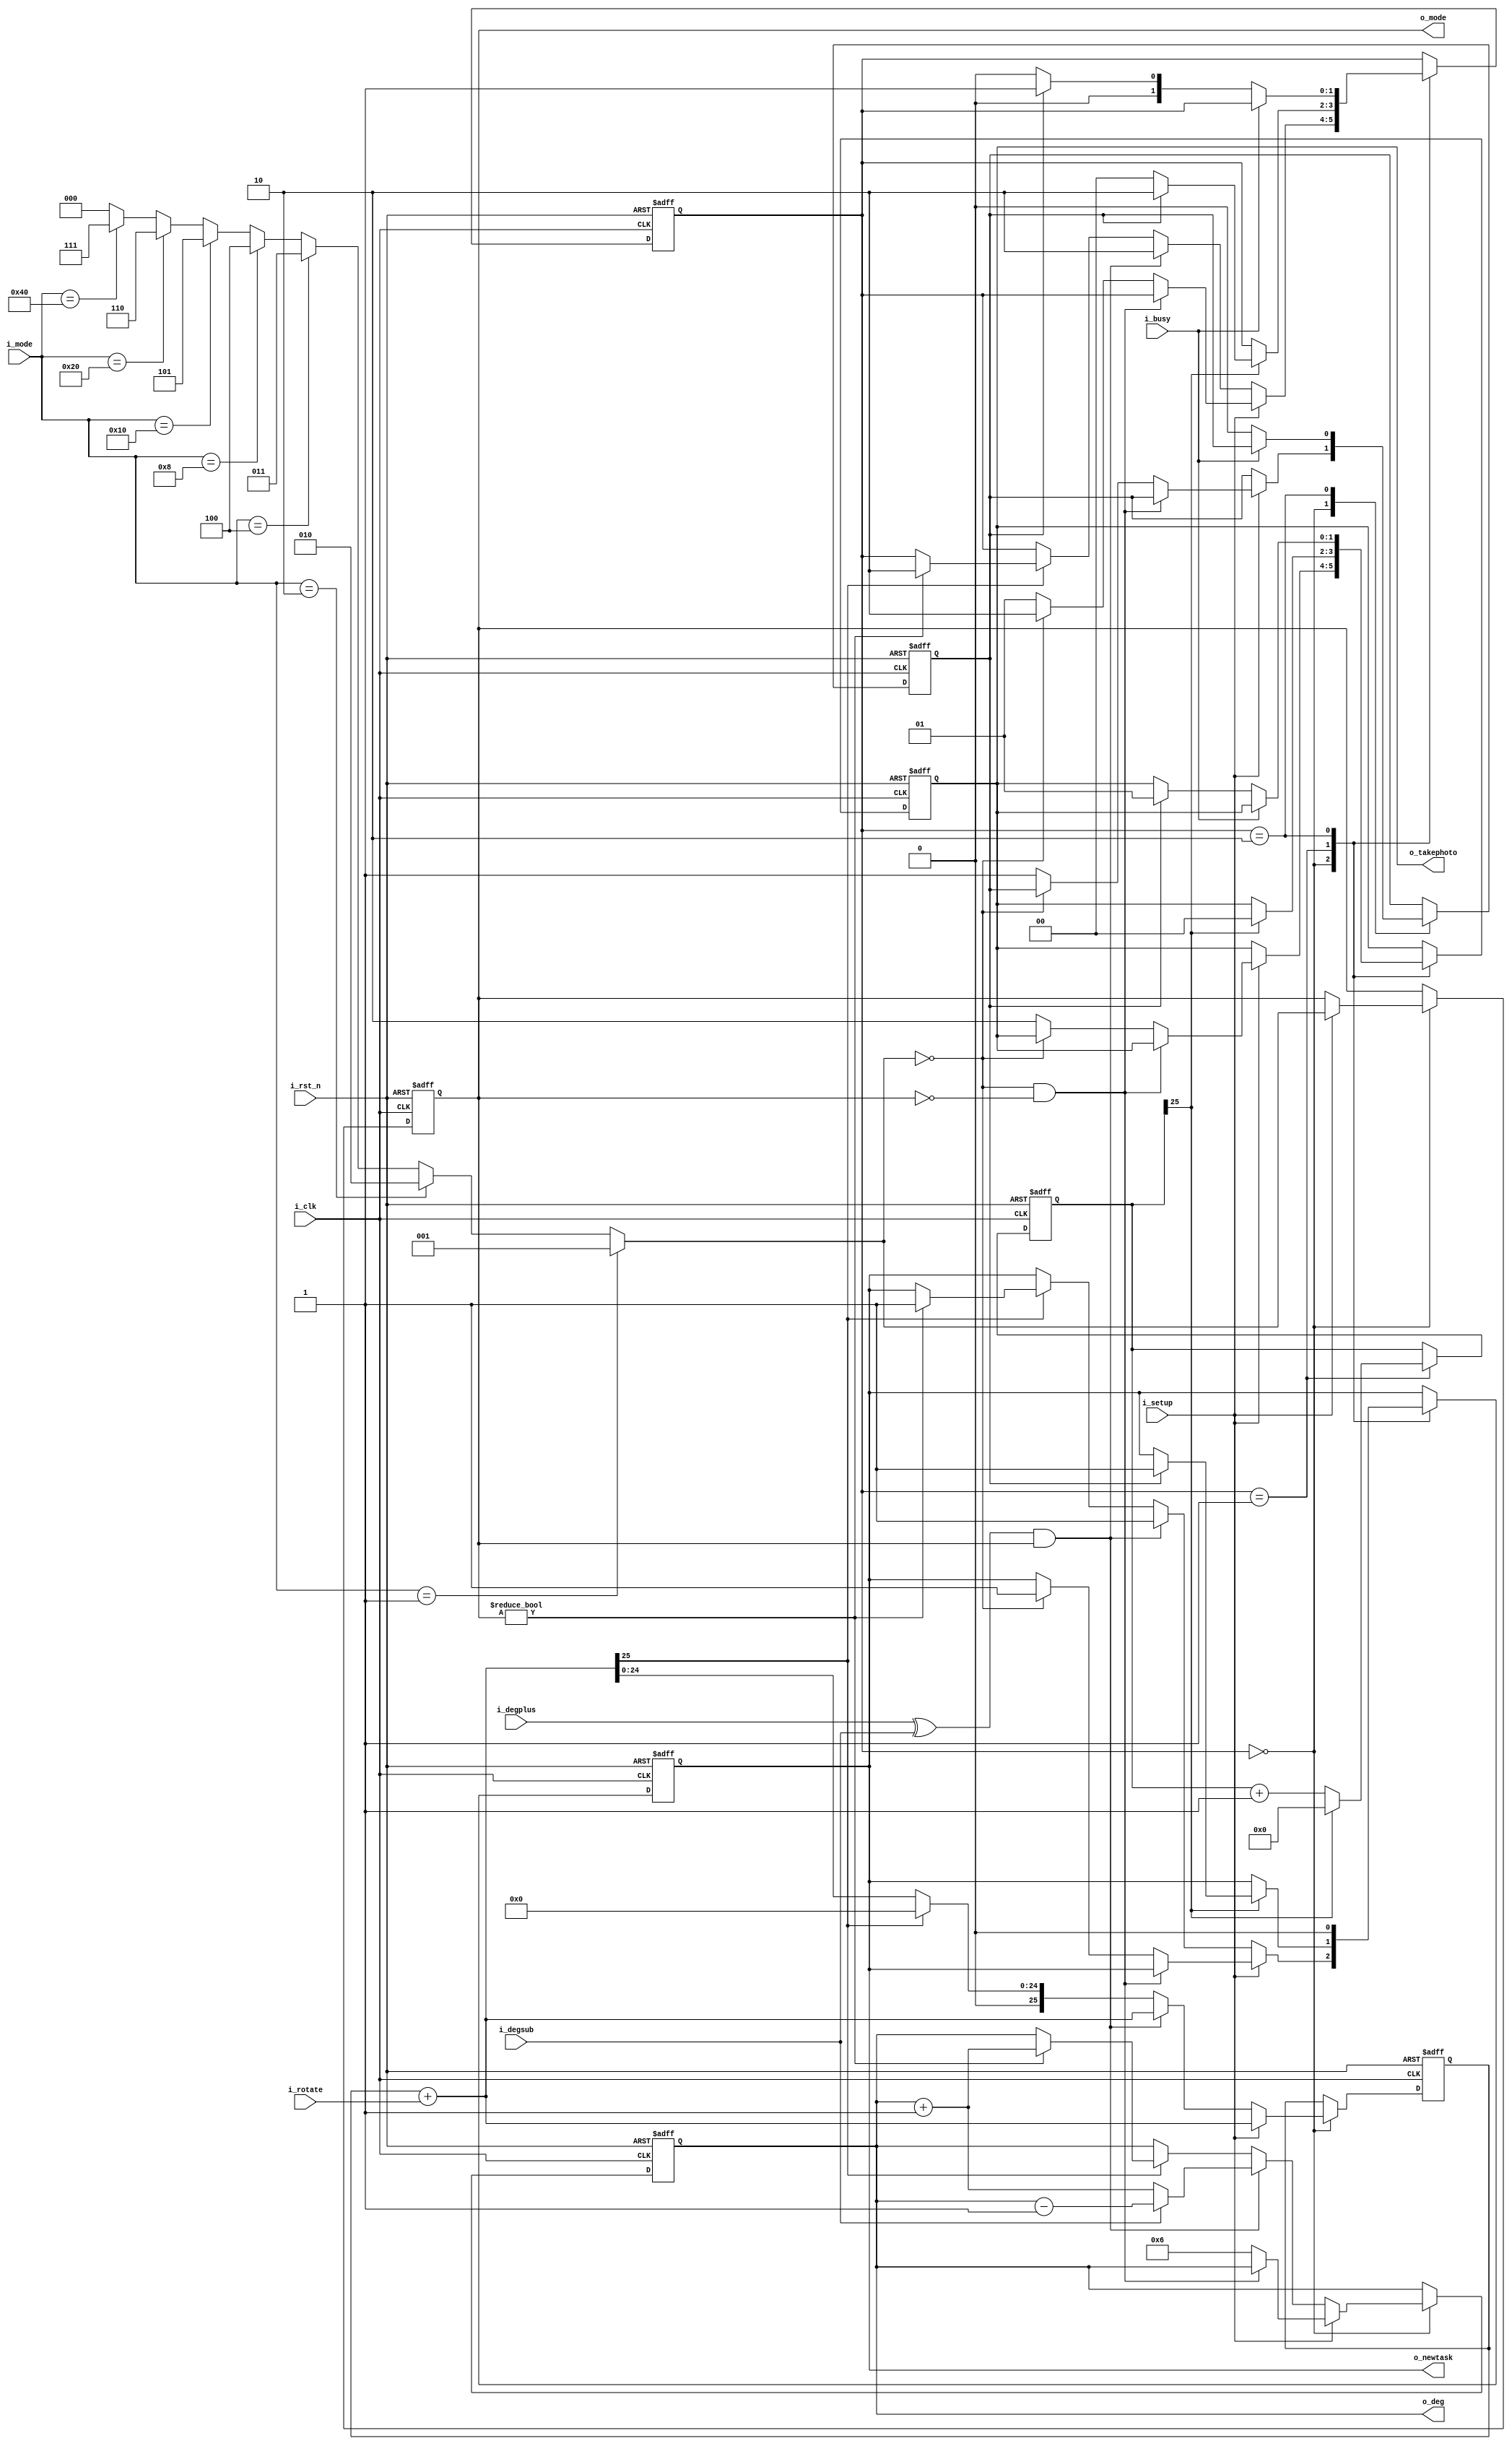
module Top (
    input         i_clk,
    input         i_rst_n,
    input  [6:0]  i_mode,
    input         i_setup,
    input         i_degplus,
    input         i_degsub,
    input  [2:0]  i_rotate,
    input         i_busy,
    output [5:0]  o_deg,
    output [2:0]  o_mode,
    output [1:0]  o_takephoto,
    output        o_newtask
);

    reg  [2:0]  mode, mode_nxt;
    reg  [5:0]  deg, deg_nxt;
    reg         newtask, newtask_nxt;
    reg         photo, photo_nxt;
    reg  [1:0]  state, state_nxt;
    reg  [25:0] counter, counter_nxt;
    reg  [25:0] photo_counter, photo_counter_nxt;
    reg  [1:0]  takephoto, takephoto_nxt;

    assign o_deg     = deg;
    assign o_mode    = mode;
    assign o_newtask = newtask;
    assign o_takephoto = takephoto;
    
    parameter IDLE      = 2'b00;
    parameter TAKEPHOTO = 2'b01;
    parameter NEWTASK   = 2'b10;

    always @(*)
    begin
        deg_nxt = deg;
        mode_nxt = mode;
        newtask_nxt = newtask;
        state_nxt = state;
        counter_nxt = counter;
        photo_counter_nxt = photo_counter;
        takephoto_nxt = takephoto;
        photo_nxt = photo;

        case(state)
            IDLE:
            begin
                counter_nxt = counter+i_rotate;
                if (i_setup)
                begin
                    mode_nxt =  (i_mode == 7'b0000001) ? 3'd1 :
                                (i_mode == 7'b0000010) ? 3'd2 :
                                (i_mode == 7'b0000100) ? 3'd3 :
                                (i_mode == 7'b0001000) ? 3'd4 :
                                (i_mode == 7'b0010000) ? 3'd5 :
                                (i_mode == 7'b0100000) ? 3'd6 :
                                (i_mode == 7'b1000000) ? 3'd7 : 3'd0;
                    if ((!mode_nxt) && (!mode))
                        state_nxt = state;
                    else if (!mode_nxt)
                    begin
                        deg_nxt  = 6'd6;
                        state_nxt = NEWTASK;
                        newtask_nxt = 1'b1;
                    end
                    else
                    begin
                        deg_nxt  = 6'd6;
                        state_nxt = TAKEPHOTO;
                        takephoto_nxt = 2'b10;
                        photo_nxt = 1'b1;
                    end
                end
                else if ((i_degplus^i_degsub) && mode)
                begin
                    if (i_degsub)
                        deg_nxt = deg - 1'b1;
                    else
                        deg_nxt = deg + 1'b1;
                    state_nxt = NEWTASK;
                    newtask_nxt = 1'b1;
                end
                else if (counter_nxt[25])
                begin
                    counter_nxt = 26'b0;
                    if (mode)
                    begin
                        deg_nxt = deg + 1'b1;
                        state_nxt = NEWTASK;
                        newtask_nxt = 1'b1;
                    end
                end
            end
            
            TAKEPHOTO:
            begin
                photo_counter_nxt = photo_counter+1;
                if (photo_counter[25])
                begin
                    photo_counter_nxt = 26'd0;
                    takephoto_nxt = 2'b00;
                    if (photo)
                    begin
                        state_nxt = NEWTASK;
                        newtask_nxt = 1'b1;
                    end
                    else
                        state_nxt = IDLE;
                end
            end
            
            NEWTASK:
            begin
                newtask_nxt = 1'b0;
                if (!i_busy)
                begin
                    if (photo)
                    begin
                        state_nxt = TAKEPHOTO;
                        takephoto_nxt = 2'b01;
                        photo_nxt = 1'b0;
                    end
                    else
                        state_nxt = IDLE;
                end
            end
        endcase
    end

    always @(posedge i_clk or negedge i_rst_n)
    begin
        if (!i_rst_n)
        begin
            deg             <= 6'd6;
            mode            <= 3'd0;
            newtask         <= 1'b0;
            state           <= NEWTASK;
            counter         <= 26'b0;
            photo_counter   <= 26'b0;
            takephoto       <= 2'b0;
            photo           <= 1'b0;
        end
        else
        begin
            deg             <= deg_nxt;
            mode            <= mode_nxt;
            state           <= state_nxt;
            newtask         <= newtask_nxt;
            counter         <= counter_nxt;
            photo_counter   <= photo_counter_nxt;
            takephoto       <= takephoto_nxt;
            photo           <= photo_nxt;
        end
    end

endmodule